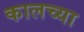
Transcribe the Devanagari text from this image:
कालच्या